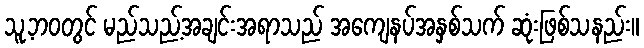
သူ့ဘဝတွင် မည်သည့်အချင်းအရာသည် အကျေနပ်အနှစ်သက် ဆုံးဖြစ်သနည်း။